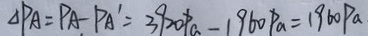
\Delta P A = P A - P A ^ { \prime } = 3 9 2 0 P _ { a } - 1 9 6 0 P _ { a } = 1 9 6 0 P a